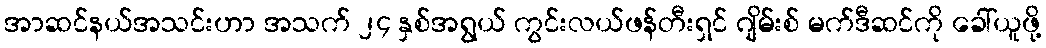
အာဆင်နယ်အသင်းဟာ အသက် ၂၄ နှစ်အရွယ် ကွင်းလယ်ဖန်တီးရှင် ဂျိမ်းစ် မက်ဒီဆင်ကို ခေါ်ယူဖို့